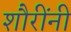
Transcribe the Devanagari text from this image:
शौरींनी